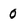
Character: 0